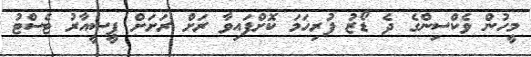
މީހުން ވެކްސިންގެ ދެ ޑޯޒު ފުރިހަމަ ކޮށްފައިވާ ރަށް ރަށަށް ޕީސީއާރު ޓެސްޓު